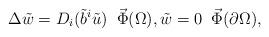
LaTeX: \begin{align*}\Delta \tilde w=D_i(\tilde b^i \tilde u)\;\;\vec\Phi(\Omega), \tilde w=0\; \; \vec\Phi(\partial\Omega),\end{align*}